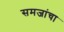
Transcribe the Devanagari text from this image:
समजांचा